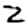
Digit: 2